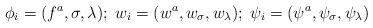
LaTeX: \begin{align*}\phi_{i} = (f^{a}, \sigma, \lambda);\; w_{i} = (w^{a},w_{\sigma}, w_{\lambda});\; \psi_{i} = (\psi^{a}, \psi_{\sigma},\psi_{\lambda})\end{align*}